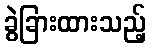
ခွဲခြားထားသည့်